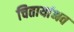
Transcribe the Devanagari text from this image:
चितायांभव